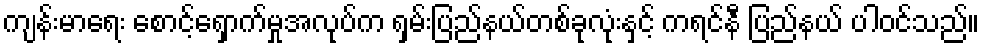
ကျန်းမာရေး စောင့်ရှောက်မှုအလုပ်က ရှမ်းပြည်နယ်တစ်ခုလုံးနှင့် ကရင်နီ ပြည်နယ် ပါဝင်သည်။